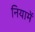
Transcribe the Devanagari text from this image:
नियामें